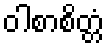
ဝါစာစိတ္တံ